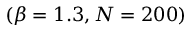
( \beta = 1 . 3 , N = 2 0 0 )